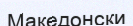
Македонски